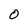
Character: O